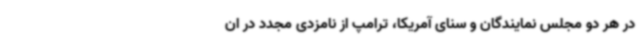
در هر دو مجلس نمایندگان و سنای آمریکا، ترامپ از نامزدی مجدد در ان